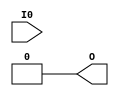
(* abc9_lut=1, lib_whitebox *)
module LUT1 (
  output O,
  input I0
);
  parameter [1:0] INIT = 0;
  parameter EQN = "(I0)";

  // These timings are for PolarPro 3E; other families will need updating.
  specify
    (I0 => O) = 698; // FS -> FZ
  endspecify

  assign O = I0 ? INIT[1] : INIT[0];
endmodule

//               TZ        TSL TAB
(* abc9_lut=2, lib_whitebox *)
module LUT2 (
  output O,
  input I0, I1
);
  parameter [3:0] INIT = 4'h0;
  parameter EQN = "(I0)";

  // These timings are for PolarPro 3E; other families will need updating.
  specify
    (I0 => O) = 1251; // TAB -> TZ
    (I1 => O) = 1406; // TSL -> TZ
  endspecify

  wire [1:0] s1 = I1 ? INIT[3:2] : INIT[1:0];
  assign O = I0 ? s1[1] : s1[0];
endmodule

(* abc9_lut=2, lib_whitebox *)
module LUT3 (
  output O,
  input I0, I1, I2
);
  parameter [7:0] INIT = 8'h0;
  parameter EQN = "(I0)";

  // These timings are for PolarPro 3E; other families will need updating.
  specify
    (I0 => O) = 1251; // TAB -> TZ
    (I1 => O) = 1406; // TSL -> TZ
    (I2 => O) = 1699; // ('TA1', 'TA2', 'TB1', 'TB2') -> TZ
  endspecify

  wire [3:0] s2 = I2 ? INIT[7:4] : INIT[3:0];
  wire [1:0] s1 = I1 ? s2[3:2] : s2[1:0];
  assign O = I0 ? s1[1] : s1[0];
endmodule

(* abc9_lut=4, lib_whitebox *)
module LUT4 (
  output O,
  input I0, I1, I2, I3
);
  parameter [15:0] INIT = 16'h0;
  parameter EQN = "(I0)";

  // These timings are for PolarPro 3E; other families will need updating.
  specify
    (I0 => O) = 995;  // TBS -> CZ
    (I1 => O) = 1437; // ('TAB', 'BAB') -> CZ
    (I2 => O) = 1593; // ('TSL', 'BSL') -> CZ
    (I3 => O) = 1887; // ('TA1', 'TA2', 'TB1', 'TB2', 'BA1', 'BA2', 'BB1', 'BB2') -> CZ
  endspecify

  wire [7:0] s3 = I3 ? INIT[15:8] : INIT[7:0];
  wire [3:0] s2 = I2 ? s3[7:4] : s3[3:0];
  wire [1:0] s1 = I1 ? s2[3:2] : s2[1:0];
  assign O = I0 ? s1[1] : s1[0];
endmodule